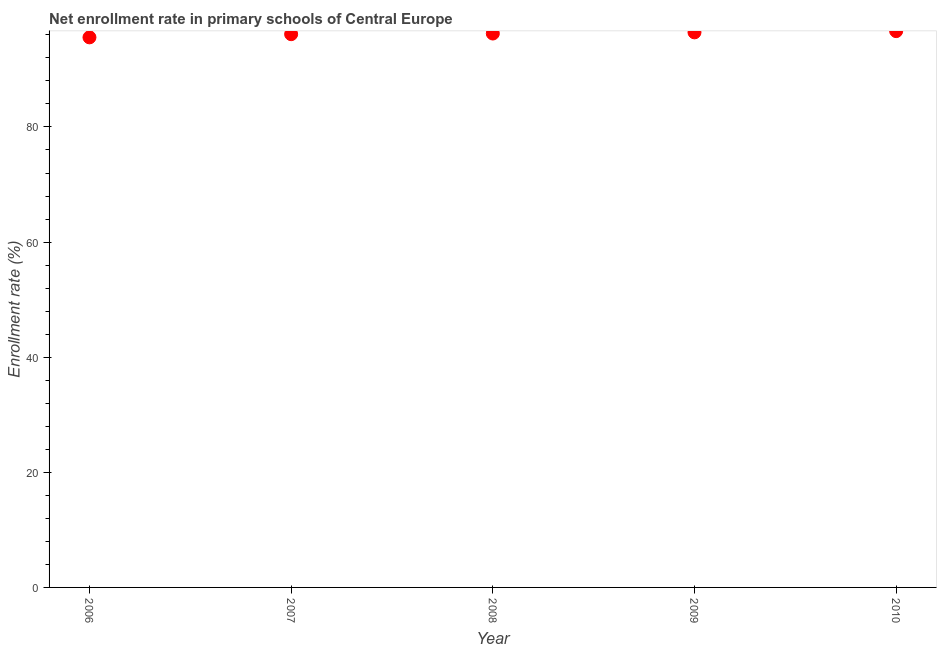
| Year | Adjusted net enrolment rate |
 | --- | --- |
 | 2006 | 95.6 |
 | 2007 | 96.1 |
 | 2008 | 96.2 |
 | 2009 | 96.4 |
 | 2010 | 96.6 |